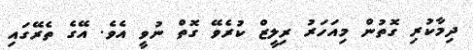
ދިމާކުރި ގޮތުން މިއަހަރު ރިލީޒް ކުރެވޭ ގޮތް ނުވީ އެވެ. އޭގެ ތެރޭގައި